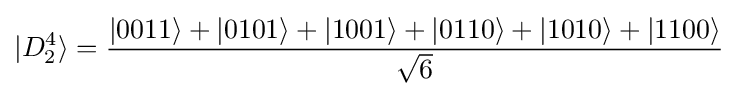
|D_{2}^{4}\rangle ={\frac {|0011\rangle +|0101\rangle +|1001\rangle +|0110\rangle +|1010\rangle +|1100\rangle }{\sqrt {6}}}